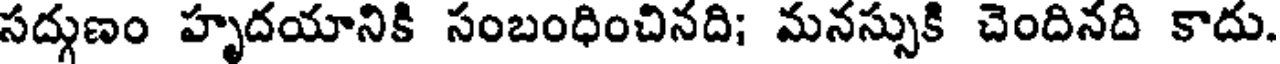
సద్గుణం హృదయానికి సంబంధించినది; మనస్సుకి చెందినది కాదు.